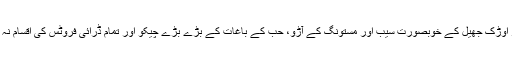
بلوچستان کے لوگ جفاکش اور محنتی ہیں بلوچستان کے حَنّا اور اوڑک جھیل کے خوبصورت سیب اور مستونگ کے آڑو، حب کے باغات کے بڑے بڑے چیکو اور تمام ڈرائی فروٹس کی اقسام نہ صرف اندرون ملک بلکہ بیرون ملک برآمد بھی کئے جاتے ہیں۔